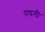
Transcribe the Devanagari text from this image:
पयली